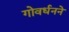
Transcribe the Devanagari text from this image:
गोवर्धनने